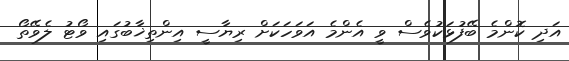
އަދި ކޮންމެ ބޭފުޅަކުވެސް ވީ އެންމެ އަވަހަކަށް ރިޔާސީ އިންތިޚާބުގައި ވޯޓު ލެވޭތޯ